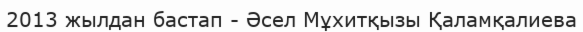
2013 жылдан бастап - Әсел Мұхитқызы Қаламқалиева